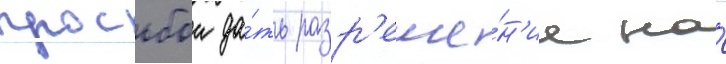
просьбои да́ть разр'еше́н'ие на́